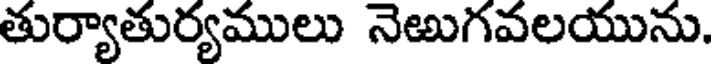
తుర్యాతుర్యములు నెఱుగవలయును.